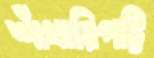
শাঁখারিপট্টি